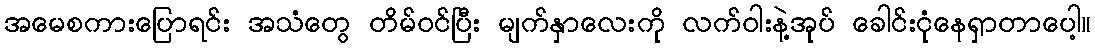
အမေစကားပြောရင်း အသံတွေ တိမ်ဝင်ပြီး မျက်နှာလေးကို လက်ဝါးနဲ့အုပ် ခေါင်းငုံနေရှာတာပေါ့။